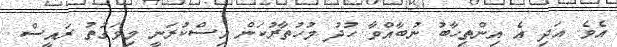
އެވެ. އަދި އެ އިންތިހާބު ނުބާއްވާ ހުދު މުހުތާރުކަން އިސްކުރަނީ މިވަގުތު ރައީސް